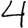
Digit: 4